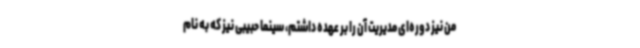
من نیز دوره‌ای مدیریت آن را بر عهده داشتم، سینما حبیبی نیز که به نام